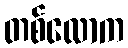
တစ်လောက